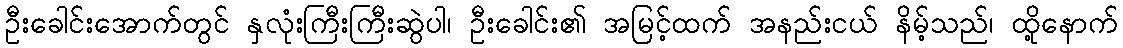
ဦးခေါင်းအောက်တွင် နှလုံးကြီးကြီးဆွဲပါ၊ ဦးခေါင်း၏ အမြင့်ထက် အနည်းငယ် နိမ့်သည်၊ ထို့နောက်